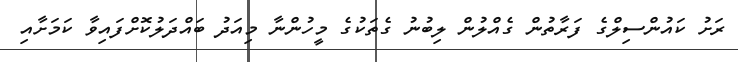
ރަށު ކައުންސިލްގެ ފަރާތުން ގެއްލުން ލިބުނު ގެތަކުގެ މީހުންނާ މިއަދު ބައްދަލުކޮށްފައިވާ ކަމަށާއި